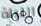
الليلة